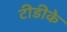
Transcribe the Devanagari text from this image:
टीडीके